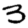
Digit: 3